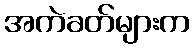
အကဲခတ်များက